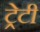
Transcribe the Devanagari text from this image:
ट्रेटी